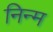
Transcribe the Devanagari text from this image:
निन्‍म